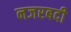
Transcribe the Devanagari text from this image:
नजरबदी